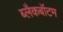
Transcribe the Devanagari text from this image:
ब्लैकबॉटम